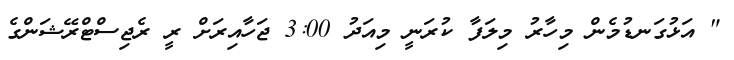
" އަޅުގަނޑުމެން މިހާރު މިލަފާ ކުރަނީ މިއަދު 3:00 ޖަހާއިރަށް ރީ ރެޖިސްޓްރޭޝަންގެ